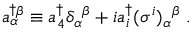
a _ { \alpha } ^ { \dagger } \! ^ { \beta } \equiv a _ { 4 } ^ { \dagger } \delta _ { \alpha } { } ^ { \beta } + i a _ { i } ^ { \dagger } ( \sigma ^ { i } ) _ { \alpha } { } ^ { \beta } \ .